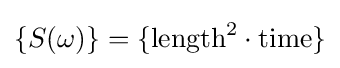
\{S(\omega )\}=\{{\text{length}}^{2}\cdot {\text{time}}\}